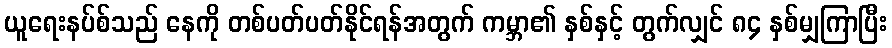
ယူရေးနပ်စ်သည် နေကို တစ်ပတ်ပတ်နိုင်ရန်အတွက် ကမ္ဘာ၏ နှစ်နှင့် တွက်လျှင် ၈၄ နှစ်မျှကြာပြီး